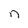
Character: n